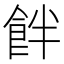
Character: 䬳